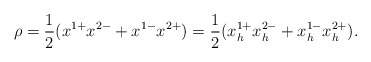
\begin{align*}\rho= {1\over 2} (x^{1+} x^{2-} + x^{1-} x^{2+})= {1\over 2} (x^{1+}_h x^{2-}_h + x^{1-}_h x^{2+}_h ) .\end{align*}